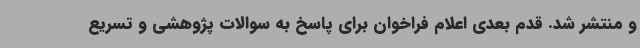
و منتشر شد. قدم بعدی اعلام فراخوان برای پاسخ به سوالات پژوهشی و تسریع